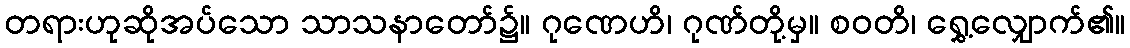
တရားဟုဆိုအပ်သော သာသနာတော်၌။ ဂုဏေဟိ၊ ဂုဏ်တို့မှ။ စဝတိ၊ ရွှေ့လျှောက်၏။